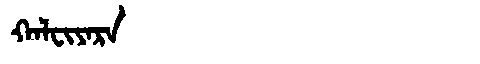
Manchu: ᡴᠠᠯᠸᡳᠶᠠᡵᠠ
Romanization: KALFIYARA